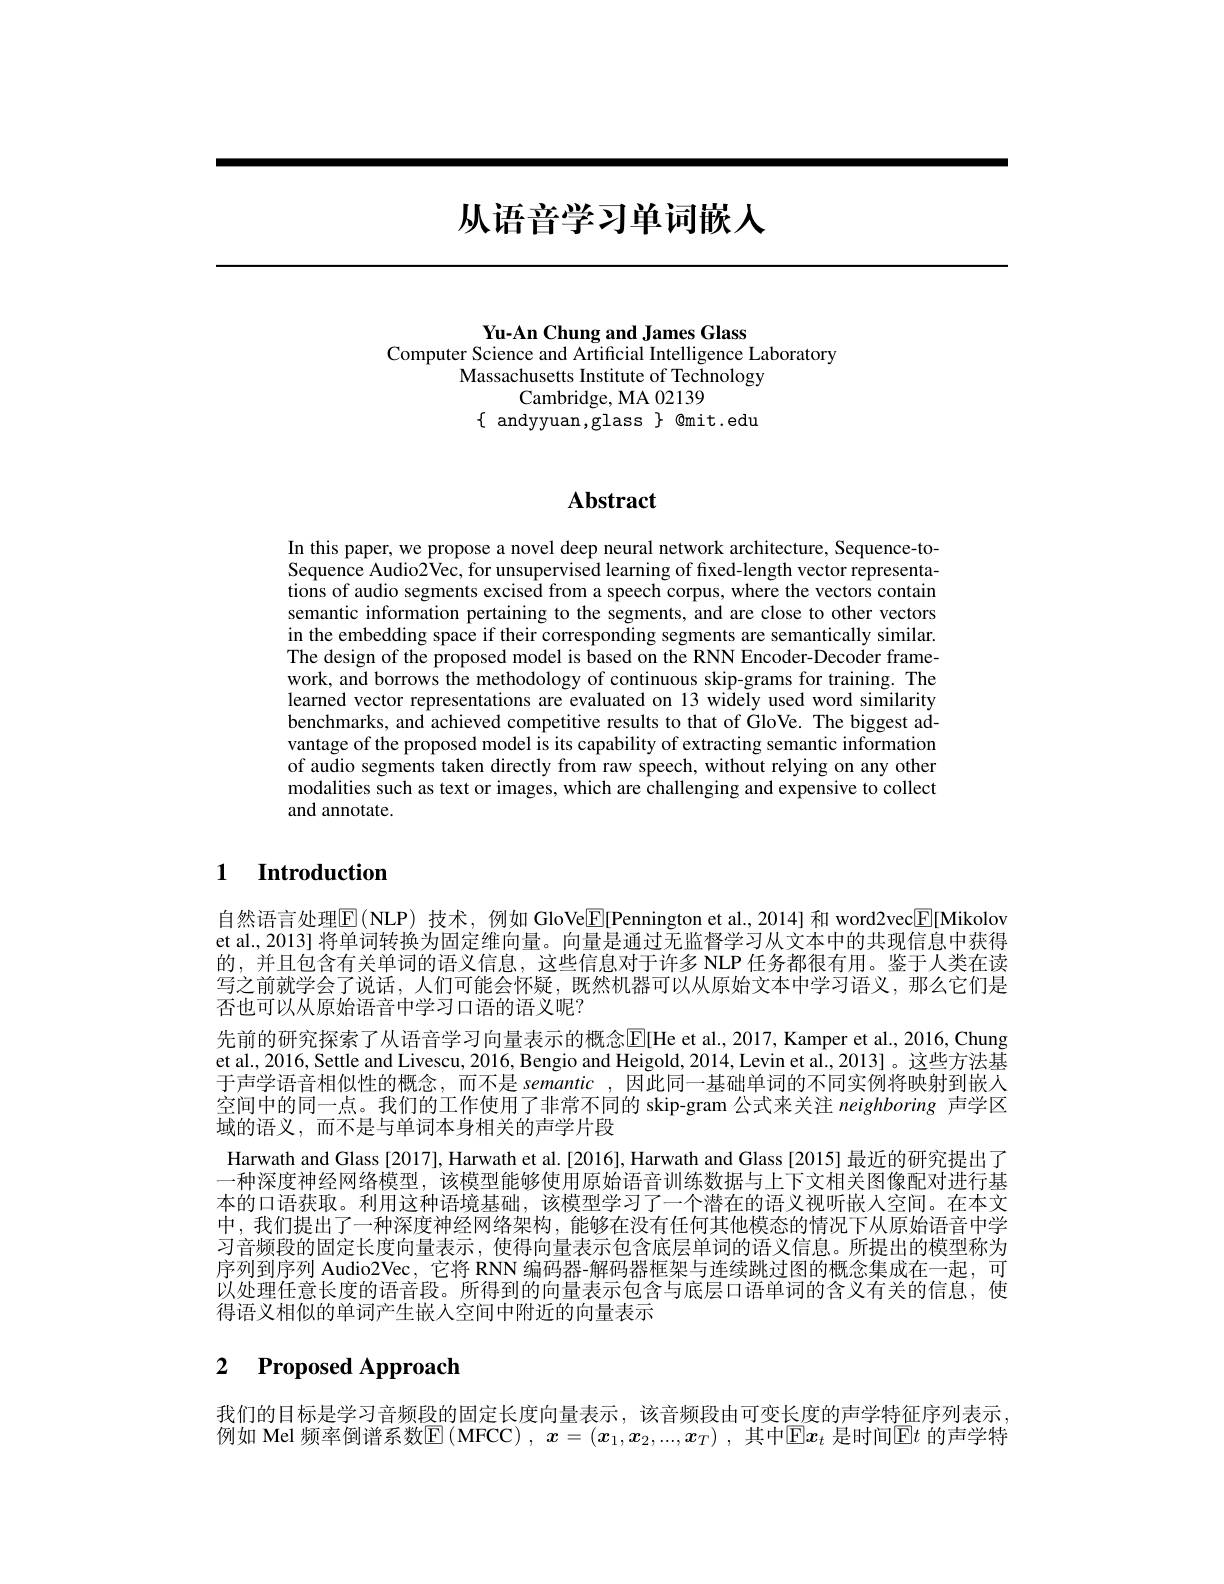
# 从语音学习单词嵌人

Yu-An Chung and James Glass
Computer Science and Artificial Intelligence Laboratory
Massachusetts Institute of Technology
## Cambridge, MA 02139
$\{$ andyyuan,glass$\}$ @mit.edu

## $\mathbf{Abstract}$

In this paper, we propose a novel deep neural network architecture, Sequence-toSequence Audio2Vec, for unsupervised learning of fixed-length vector representations of audio segments excised from a speech corpus, where the vectors contain semantic information pertaining to the segments, and are close to other vectors in the embedding space if their corresponding segments are semantically similar. The design of the proposed model is based on the RNN Encoder-Decoder framework, and borrows the methodology of continuous skip-grams for training. The learned vector representations are evaluated on 13 widely used word similarity benchmarks, and achieved competitive results to that of GloVe. The biggest advantage of the proposed model is its capability of extracting semantic information of audio segments taken directly from raw speech, without relying on any other modalities such as text or images, which are challenging and expensive to collect and annotate.

### $\textbf{1}$ $\textbf{Introduction}$

自然语言处理$\boxed{\mathrm{E}}($NLP) 技术，例如 GloVe$\boxed{\mathrm{F}}[$Pennington et al.,2014] 和 word2vec$\boxed{\mathrm{F}}[$Mikolov et al., 2013] 将单词转换为固定维向量。向量是通过无监督学习从文本中的共现信息中获得的，并且包含有关单词的语义信息，这些信息对于许多 NLP 任务都很有用。鉴于人类在读写之前就学会了说话，人们可能会怀疑，既然机器可以从原始文本中学习语义，那么它们是否也可以从原始语音中学习口语的语义呢？
先前的研究探索了从语音学习向量表示的概念$\mathbb{E}[$He et al., 2017, Kamper et al., 2016, Chung et al., 2016, Settle and Livescu, 2016, Bengio and Heigold, 2014, Levin et al., 2013]。这些方法基于声学语音相似性的概念，而不是 semantic ,因此同一基础单词的不同实例将映射到嵌人空间中的同一点。我们的工作使用了非常不同的 skip-gram 公式来关注 neighboring 声学区域的语义，而不是与单词本身相关的声学片段
Harwath and Glass [2017], Harwath et al.[2016], Harwath and Glass [2015] 最近的研究提出了一种深度神经网络模型，该模型能够使用原始语音训练数据与上下文相关图像配对进行基本的口语获取。利用这种语境基础，该模型学习了一个潜在的语义视听嵌人空间。在本文中，我们提出了一种深度神经网络架构，能够在没有任何其他模态的情况下从原始语音中学习音频段的固定长度向量表示，使得向量表示包含底层单词的语义信息。所提出的模型称为序列到序列 Audio2Vec, 它将 RNN 编码器-解码器框架与连续跳过图的概念集成在一起，可以处理任意长度的语音段。所得到的向量表示包含与底层口语单词的含义有关的信息，使得语义相似的单词产生嵌入空间中附近的向量表示

## 2 $\textbf{Proposed Approach}$

我们的目标是学习音频段的固定长度向量表示，该音频段由可变长度的声学特征序列表示， 例如 Mel 频率倒谱系数$\operatorname{E}(\operatorname{MFCC}),\boldsymbol{x}=(\boldsymbol{x}_1,\boldsymbol{x}_2,...,\boldsymbol{x}_T)$, 其中$\operatorname{E}\boldsymbol{x}_t$ 是时间$\operatorname{E}t$ 的声学特